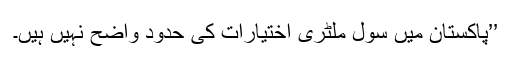
’’پاکستان میں سول ملٹری اختیارات کی حدود واضح نہیں ہیں۔